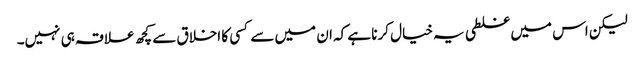
لیکن اس میں غلطی یہ خیال کرنا ہے کہ ان میں سے کسی کا اخلاق سے کچھ علاقہ ہی نہیں۔